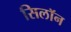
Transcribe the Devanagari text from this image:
सिलॉन